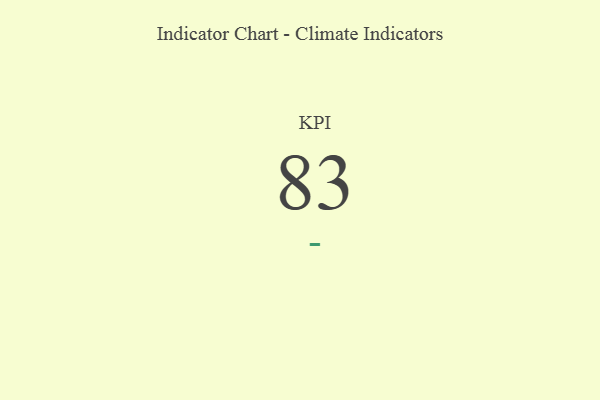
{"axis": {"x": "KPI", "y": "Value"}, "legend": [""], "data": [{"x": "KPI", "y": 83, "type": ""}]}